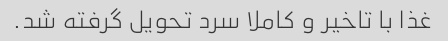
غذا با تاخیر و کاملا سرد تحویل گرفته شد.